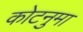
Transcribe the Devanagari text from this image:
कोटनुमा